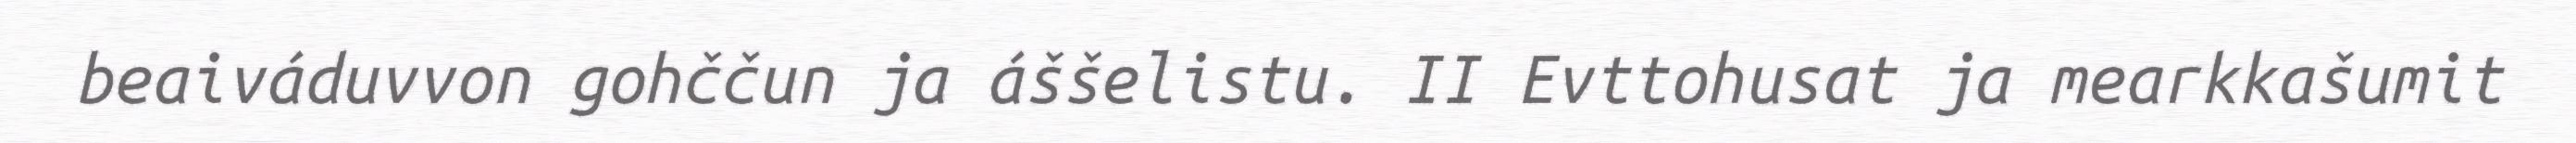
beaiváduvvon gohččun ja áššelistu. II Evttohusat ja mearkkašumit